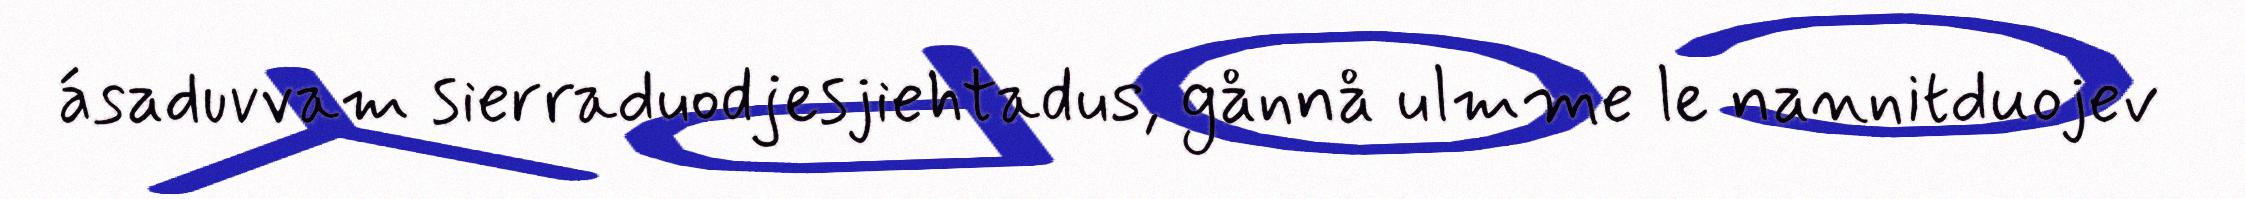
ásaduvvam sierraduodjesjiehtadus, gånnå ulmme le nannitduojev